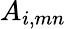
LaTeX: A_{i,mn}